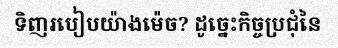
ទិញរបៀបយ៉ាងម៉េច? ដូច្នេះកិច្ចប្រជុំនៃ